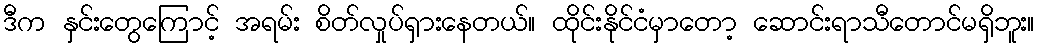
ဒီက နှင်းတွေကြောင့် အရမ်း စိတ်လှုပ်ရှားနေတယ်။ ထိုင်းနိုင်ငံမှာတော့ ဆောင်းရာသီတောင်မရှိဘူး။